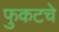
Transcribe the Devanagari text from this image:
फुकटचे